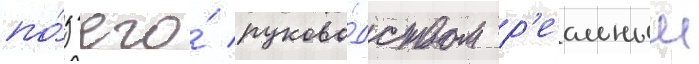
по́д его́ руково́дством р'еальныи